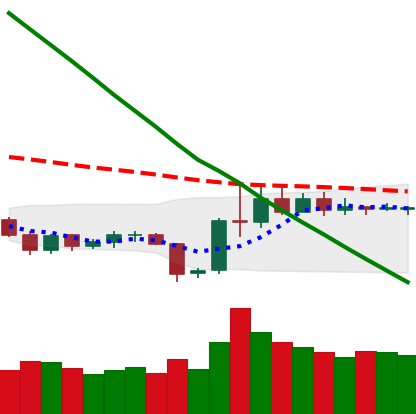
Ticker: LTC-USD
Chart end date: 2019-11-03
Forward return: 3.249%
Label: up_3_5